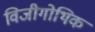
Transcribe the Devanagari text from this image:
विजीगोथिक